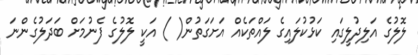
ލޮލުގެ އަލިދުލީގައި ކަޅުކުލައިގެ ލައްތަކެއް އަށަގަތުން( ) އަކީ ލޮލުގެ ފެނުމަށް ބަދަލުގެންނަ